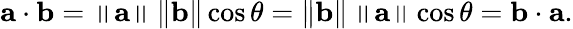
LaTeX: \mathbf{a}\cdot\mathbf{b}=\left\| \mathbf{a}\right\| \left\| \mathbf{b}\right\| \cos\theta=\left\| \mathbf{b}\right\| \left\| \mathbf{a}\right\| \cos\theta=\mathbf{b}\cdot\mathbf{a}.